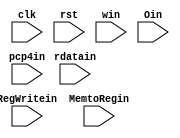
`timescale 1ns/1ns
module MEMWB(
  input clk, rst, RegWritein,
  input[1:0] MemtoRegin,
  input[4:0] win,
  input[31:0] pcp4in, rdatain, Oin
  );
  //output reg RegWriteout, MemtoRegout, MemWriteout, MemReadout, ALUsrcout, RegDstout,
  //output reg[1:0] ALUopout,
  //output reg[4:0] inst2016out, inst1511out,
  //output reg[31:0] pcp4out, rdata1out, rdata2out, signexout
  reg RegWrite;
  reg[1:0] MemtoReg;
  reg[4:0] w;
  reg[31:0] pcp4, O, rdata;  
  
  always@(posedge clk, posedge rst) begin
    if(rst) begin
      RegWrite = 1'b0;
      MemtoReg = 2'b0;
      w = 5'b0;
      O = 32'b0;
      rdata = 32'b0;
    end
    else begin
      RegWrite = RegWritein;
      MemtoReg = MemtoRegin;
      w = win;
      O = Oin;
      rdata = rdatain;
    end
  end
endmodule